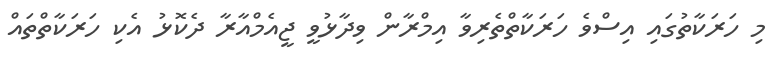
މި ހަރަކާތުގައި އިސްވެ ހަރަކާތްތެރިވާ އިމްރާން ވިދާޅުވީ ޖީއެމްއާރާ ދެކޮޅު އެކި ހަރަކާތްތައް